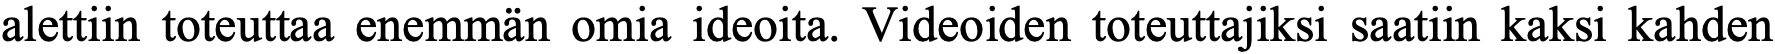
alettiin toteuttaa enemmän omia ideoita. Videoiden toteuttajiksi saatiin kaksi kahden